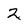
Character: 2